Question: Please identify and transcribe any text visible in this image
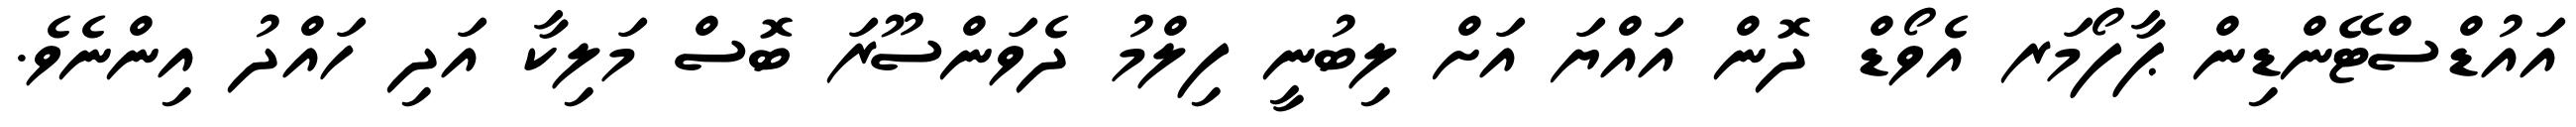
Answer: އައުޑްސްޓޭންޑިން ޕާފޯމަރ އެވޯޑް ދޮން އައްޔަ އަށް ލިބުނީ ފިލްމު ދެވަންސޫރަ ބޮސް މަލިކާ އަދި ހައްދު އިންނެވެ.